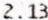
2.13